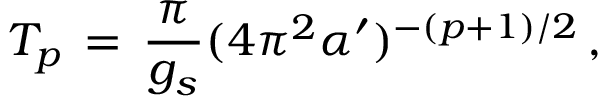
T _ { p } \, = \, { \frac { \pi } { g _ { s } } } ( 4 \pi ^ { 2 } \alpha ^ { \prime } ) ^ { - ( p + 1 ) / 2 } \, ,